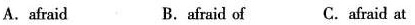
A.afraid B.afraid of C. afraid at